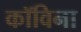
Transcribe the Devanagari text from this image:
कॉविना